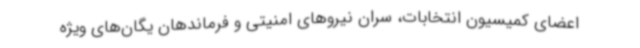
اعضای کمیسیون انتخابات، سران نیروهای امنیتی و فرماندهان یگان‌های ویژه